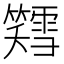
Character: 𫂪